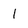
Character: l